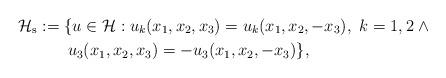
LaTeX: \begin{align*}\mathcal H_{\mathrm{s}} &:= \{u\in \mathcal H : u_k(x_1,x_2,x_3) = u_k(x_1,x_2,- x_3),\ k=1,2 \; \wedge \\& \phantom{:= \{} u_3(x_1,x_2,x_3)= - u_3(x_1,x_2,- x_3) \} , \end{align*}